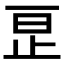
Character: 𬅺